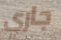
جاري